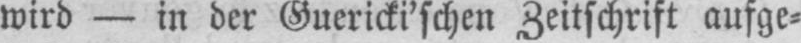
wird - in der Guericki’schen Zeitschrift aufge⸗